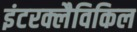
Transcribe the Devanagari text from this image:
इंटरक्लैविकिल